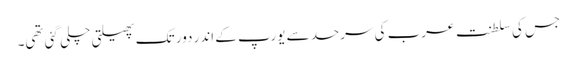
جس کی سلطنت عرب کی سرحد سے یورپ کے اندر دور تک پھیلتی چلی گئی تھی۔